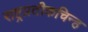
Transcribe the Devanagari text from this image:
राष्ट्रप्रतीकचिन्ह